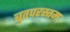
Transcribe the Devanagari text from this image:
बुतपरस्तम